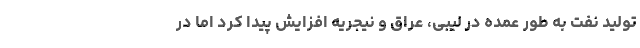
تولید نفت به طور عمده در لیبی، عراق و نیجریه افزایش پیدا کرد اما در